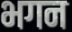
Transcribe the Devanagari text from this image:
भगन